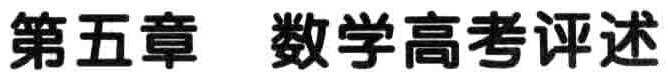
第五章 数学高考评述